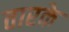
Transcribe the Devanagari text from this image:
तारके